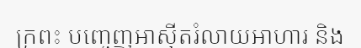
ក្រពះ បញ្ចេញអាស៊ីតរំលាយអាហារ និង